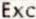
EXC